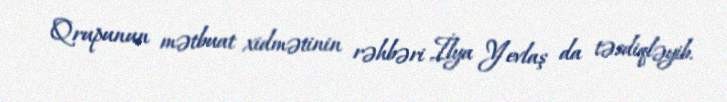
Qrupunun mətbuat xidmətinin rəhbəri İlya Yevlaş da təsdiqləyib.